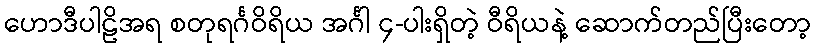
ဟောဒီပါဠိအရ စတုရင်္ဂဝိရိယ အင်္ဂါ ၄-ပါးရှိတဲ့ ဝီရိယနဲ့ ဆောက်တည်ပြီးတော့